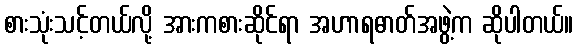
စားသုံးသင့်တယ်လို့ အားကစားဆိုင်ရာ အဟာရဓာတ်အဖွဲ့က ဆိုပါတယ်။